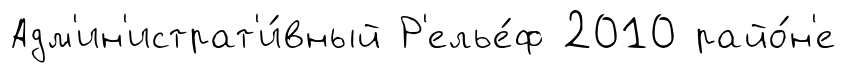
Адм'ин'истрат'и́вный Р'елье́ф 2010 райо́н'е